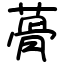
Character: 蓇